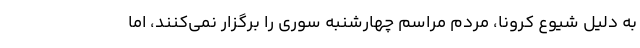
به دلیل شیوع کرونا، مردم مراسم چهارشنبه سوری را برگزار نمی‌کنند، اما